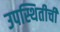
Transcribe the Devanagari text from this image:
उपस्थितीची